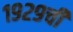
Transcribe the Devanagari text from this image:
१९२९ची